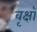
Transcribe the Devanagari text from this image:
वृक्षॉ